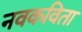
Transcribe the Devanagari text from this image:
नवकविता